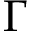
\Gamma